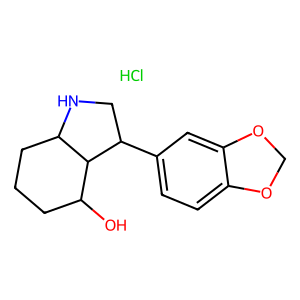
SMILES: Cl.OC1CCCC2NCC(c3ccc4c(c3)OCO4)C12
Inhibits HIV replication: No